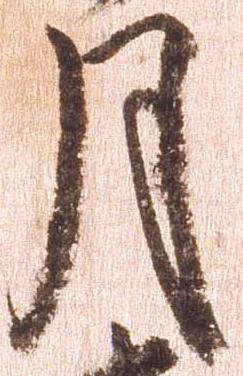
月